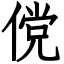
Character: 傥